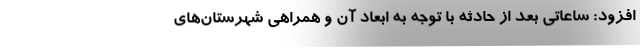
افزود: ساعاتی بعد از حادثه با توجه به ابعاد آن و همراهی شهرستان‌های